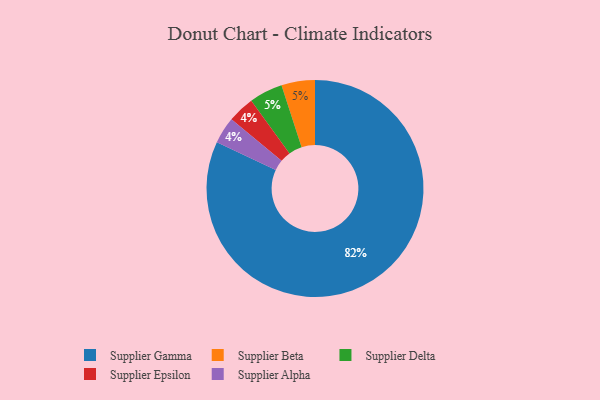
{"axis": {"x": "Category", "y": "Percentage"}, "legend": ["Supplier Alpha", "Supplier Beta", "Supplier Delta", "Supplier Epsilon", "Supplier Gamma"], "data": [{"x": "Supplier Beta", "y": 5, "type": "Supplier Beta"}, {"x": "Supplier Delta", "y": 5, "type": "Supplier Delta"}, {"x": "Supplier Gamma", "y": 82, "type": "Supplier Gamma"}, {"x": "Supplier Epsilon", "y": 4, "type": "Supplier Epsilon"}, {"x": "Supplier Alpha", "y": 4, "type": "Supplier Alpha"}]}